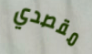
مقصدي